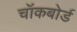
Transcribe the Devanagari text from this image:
चॉकबोर्ड